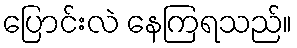
ပြောင်းလဲ နေကြရသည်။